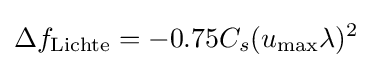
\Delta f_{\text{Lichte}}=-0.75C_{s}(u_{\max }\lambda )^{2}